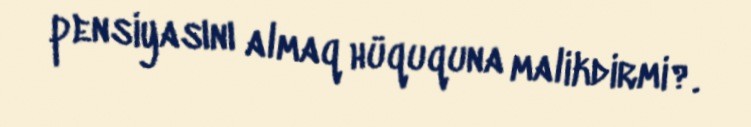
pensiyasını almaq hüququna malikdirmi?.